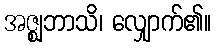
အဇ္ဈဘာသိ၊ လျှောက်၏။